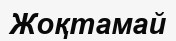
Жоқтамай